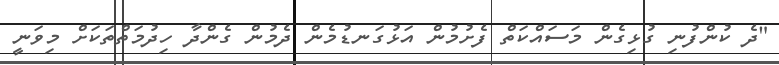
"ދެ ކުންފުނި ގުޅިގެން މަސައްކަތް ފެށުމުން އަޅުގަނޑުމެން ދެމުން ގެންދާ ހިދުމަތްތަކަށް މިވަނީ